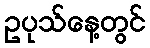
ဥပုသ်နေ့တွင်